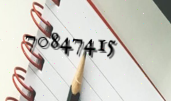
70847415